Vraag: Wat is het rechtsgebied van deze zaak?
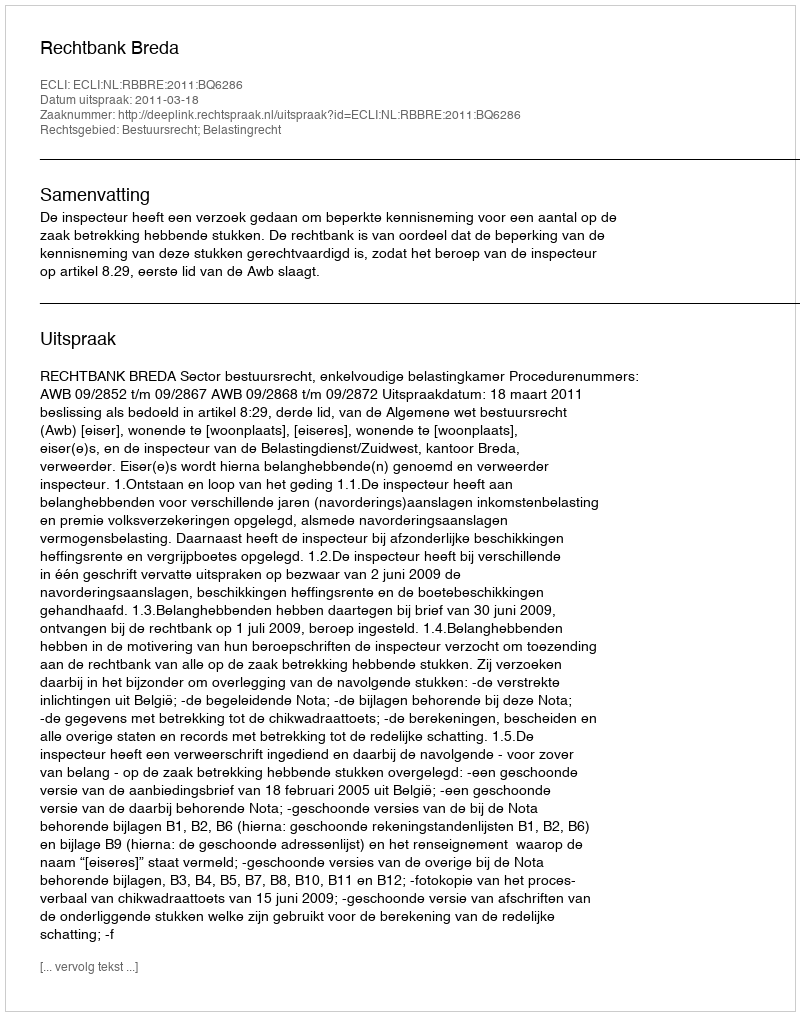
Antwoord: Bestuursrecht; Belastingrecht